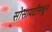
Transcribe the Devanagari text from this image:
सोसायटीमधून